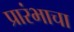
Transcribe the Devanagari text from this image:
प्रारंभाचा